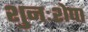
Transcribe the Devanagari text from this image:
शुनःशेपा